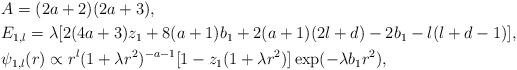
LaTeX: \begin{align*} & A = (2a+2)(2a+3), \\ & E_{1,l} = \lambda[2(4a+3)z_1 + 8(a+1)b_1 + 2(a+1)(2l+d) - 2b_1 - l(l+d-1)], \\ & \psi_{1,l}(r) \propto r^l (1+\lambda r^2)^{-a-1} [1 - z_1(1+\lambda r^2)] \exp(-\lambda b_1 r^2),\end{align*}